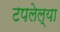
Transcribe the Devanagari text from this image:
टपलेल्या